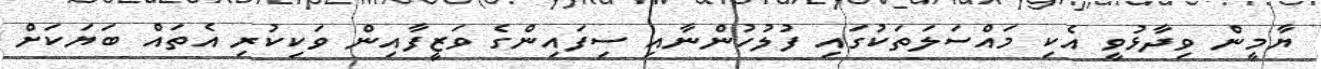
ޔާމީން ވިދާޅުވީ އެކި މައްސަލަތަކުގައި ފުލުހުންނާއި ސިފައިންގެ ވަޒީފާއިން ވަކިކުރި އެތައް ބަޔަކަށް